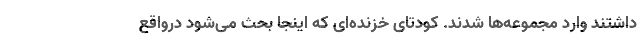
داشتند وارد مجموعه‌ها شدند. کودتای خزنده‌ای که اینجا بحث می‌شود درواقع